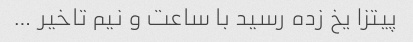
پیتزا یخ زده رسید با ساعت و نیم تاخیر …